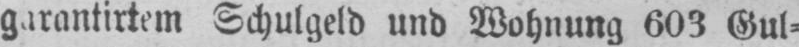
Schulgeld und Wohnung 603 Gul⸗